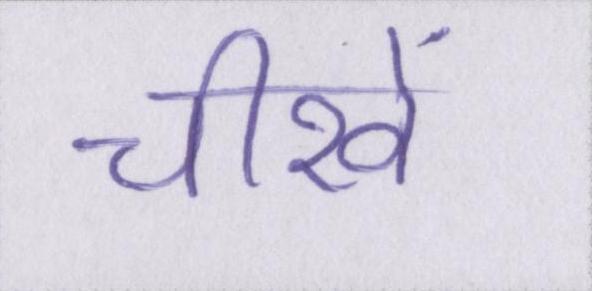
चीखें